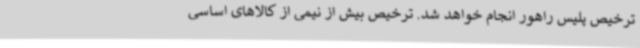
ترخیص پلیس راهور انجام خواهد شد. ترخیص بیش از نیمی از کالاهای اساسی